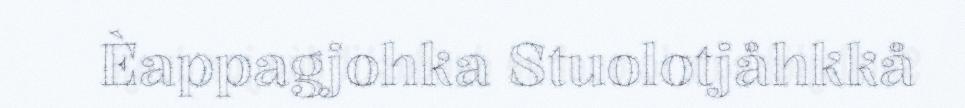
Èappagjohka Stuolotjåhkkå